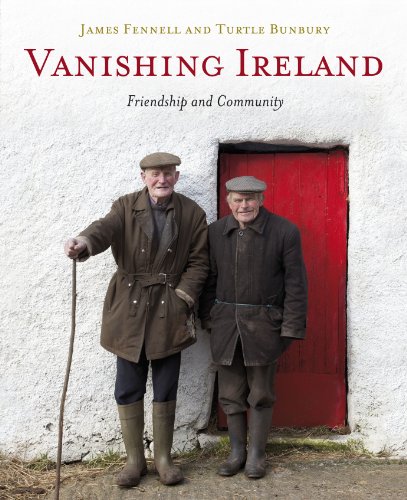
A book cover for Vanishing Ireland: Friendship and Community; James Fennell; Biographies & Memoirs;